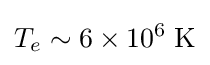
T_{e}\sim 6\times 10^{6}\;{\text{K}}